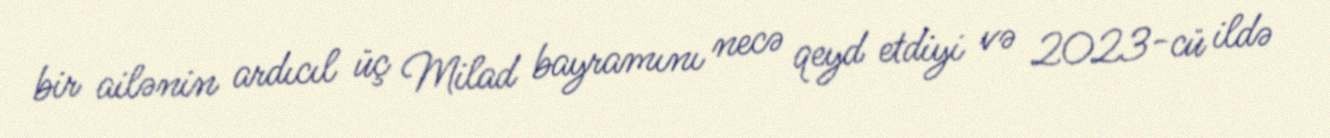
bir ailənin ardıcıl üç Milad bayramını necə qeyd etdiyi və 2023-cü ildə